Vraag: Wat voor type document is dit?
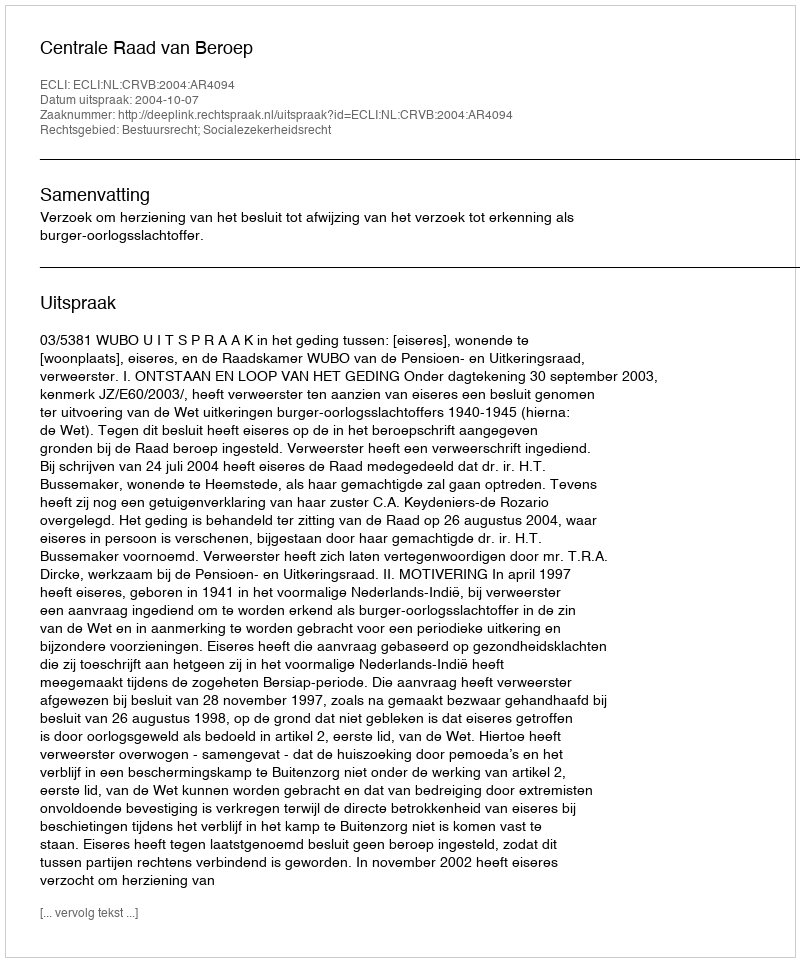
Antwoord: Uitspraak